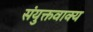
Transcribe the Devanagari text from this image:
संयुक्तवाक्य